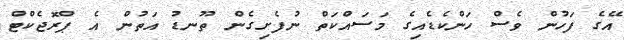
އޭގެ ފަހުން ވެސް ހަންކެޑެއިގެ މަސައްކަތް ނުފެށިގެން ތޫނޑު އަތުން އެ ޕްރޮޖެކްޓް